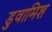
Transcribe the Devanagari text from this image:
डुवामिश